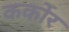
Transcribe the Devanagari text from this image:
कर्कोर